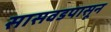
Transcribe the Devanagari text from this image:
सासवडपासून